Lunatic asylums in Bengal annual reports 1899-1911 - 1899-1911
Year: 1899
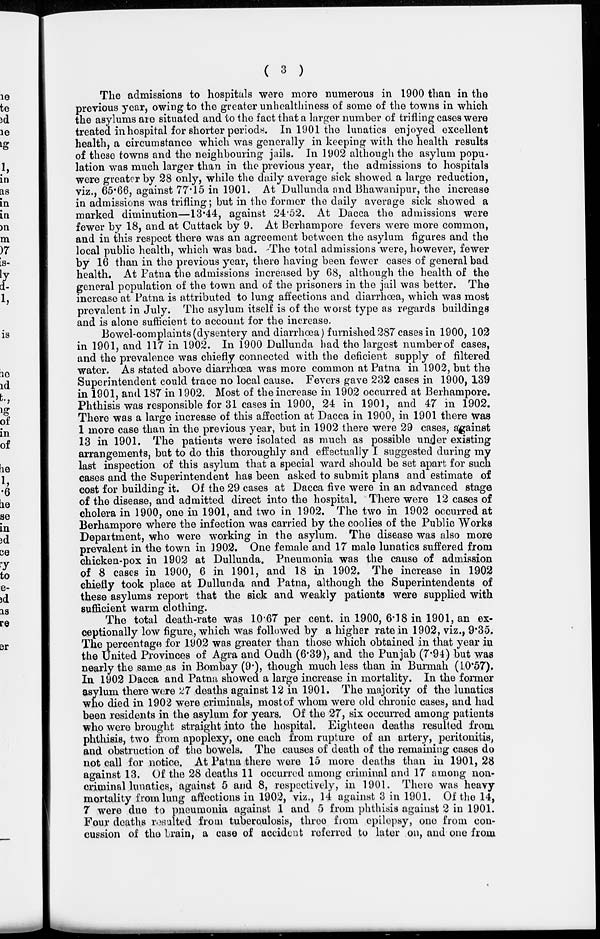
( 3 )
The admissions to hospitals were more numerous in 1900 than in the
previous year, owing to the greater unhealthiness of some of the towns in which
the asylums are situated and to the fact that a larger number of trifling cases were
treated in hospital for shorter periods. In 1901 the lunatics enjoyed excellent
health, a circumstance which was generally in keeping with the health results
of these towns and the neighbouring jails. In 1902 although the asylum popu-
lation was much larger than in the previous year, the admissions to hospitals
were greater by 28 only, while the daily average sick showed a large reduction,
viz., 65.66, against 77.15 in 1901. At Dullunda and Bhawanipur, the increase
in admissions was trifling; but in the former the daily average sick showed a
marked diminution—13.44, against 24.52. At Dacca the admissions were
fewer by 18, and at Cuttack by 9. At Berhampore fevers were more common,
and in this respect there was an agreement between the asylum figures and the
local public health, which was bad. The total admissions were, however, fewer
by 16 than in the previous year, there having been fewer cases of general bad
health. At Patna the admissions increased by 68, although the health of the
general population of the town and of the prisoners in the jail was better. The
increase at Patna is attributed to lung affections and diarrhœa, which was most
prevalent in July. The asylum itself is of the worst type as regards buildings
and is alone sufficient to account for the increase.
Bowel-complaints (dysentery and diarrhœa) furnished 287 cases in 1900, 102
in 1901, and 117 in 1902. In 1900 Dullunda had the largest number of cases,
and the prevalence was chiefly connected with the deficient supply of filtered
water. As stated above diarrhœa was more common at Patna in 1902, but the
Superintendent could trace no local cause. Fevers gave 232 cases in 1900, 139
in 1901, and 187 in 1902. Most of the increase in 1902 occurred at Berhampore,
Phthisis was responsible for 31 cases in 1900, 24 in 1901, and 47 in 1902.
There was a large increase of this affection at Dacca in 1900, in 1901 there was
1 more case than in the previous year, but in 1902 there were 29 cases, against
13 in 1901. The patients were isolated as much as possible under existing
arrangements, but to do this thoroughly and effectually I suggested during my
last inspection of this asylum that a special ward should be set apart for such
cases and the Superintendent has been asked to submit plans and estimate of
cost for building it. Of the 29 cases at Dacca five were in an advanced stage
of the disease, and admitted direct into the hospital. There were 12 cases of
cholera in 1900, one in 1901, and two in 1902. The two in 1902 occurred at
Berhampore where the infection was carried by the coolies of the Public Works
Department, who were working in the asylum. The disease was also more
prevalent in the town in 1902. One female and 17 male lunatics suffered from
chicken-pox in 1902 at Dullunda. Pneumonia was the cause of admission
of 8 cases in 1900, 6 in 1901, and 18 in 1902. The increase in 1902
chiefly took place at Dullunda and Patna, although the Superintendents of
these asylums report that the sick and weakly patients were supplied with
sufficient warm clothing.
The total death-rate was 10.67 per cent. in 1900, 6.18 in 1901, an ex-
ceptionally low figure, which was followed by a higher rate in 1902, viz., 9.35.
The percentage for 1902 was greater than those which obtained in that year in
the United Provinces of Agra and Oudh (6.39), and the Punjab (7.94) but was
nearly the same as in Bombay (9.), though much less than in Burmah (10.57).
In 1902 Dacca and Patna showed a large increase in mortality. In the former
asylum there were 27 deaths against 12 in 1901. The majority of the lunatics
who died in 1902 were criminals, most of whom were old chronic cases, and had
been residents in the asylum for years. Of the 27, six occurred among patients
who were brought straight into the hospital. Eighteen deaths resulted from
phthisis, two from apoplexy, one each from rupture of an artery, peritonitis,
and obstruction of the bowels. The causes of death of the remaining cases do
not call for notice. At Patna there were 15 more deaths than in 1901, 28
against 13. Of the 28 deaths 11 occurred among criminal and 17 among non-
criminal lunatics, against 5 and 8, respectively, in 1901. There was heavy
mortality from lung affections in 1902, viz., 14 against 3 in 1901. Of the 14,
7 were due to pneumonia against 1 and 5 from phthisis against 2 in 1901.
Four deaths resulted from tuberculosis, three from epilepsy, one from con-
cussion of the brain, a case of accident referred to later on, and one from